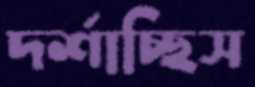
দর্শাচ্ছিস